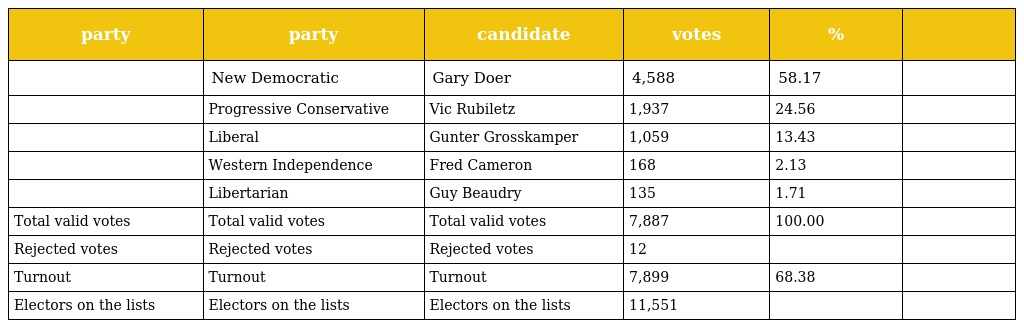
| party | party | candidate | votes | % |  |
 | --- | --- | --- | --- | --- | --- |
 |  | New Democratic | Gary Doer | 4,588 | 58.17 |  |
 |  | Progressive Conservative | Vic Rubiletz | 1,937 | 24.56 |  |
 |  | Liberal | Gunter Grosskamper | 1,059 | 13.43 |  |
 |  | Western Independence | Fred Cameron | 168 | 2.13 |  |
 |  | Libertarian | Guy Beaudry | 135 | 1.71 |  |
 | Total valid votes | Total valid votes | Total valid votes | 7,887 | 100.00 |  |
 | Rejected votes | Rejected votes | Rejected votes | 12 |  |  |
 | Turnout | Turnout | Turnout | 7,899 | 68.38 |  |
 | Electors on the lists | Electors on the lists | Electors on the lists | 11,551 |  |  |